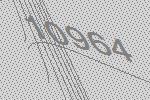
10964